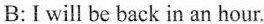
B: I will be back in an hour.